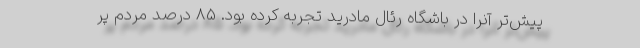
پیش‌تر آنرا در باشگاه رئال مادرید تجربه کرده بود. 85 درصد مردم پر